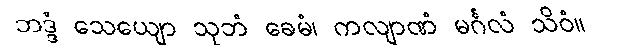
ဘဒ္ဒံ သေယျော သုဘံ ခေမံ၊ ကလျာဏံ မင်္ဂလံ သိဝံ။